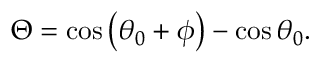
\begin{array} { r } { \Theta = \cos \left( \theta _ { 0 } + \phi \right) - \cos \theta _ { 0 } . } \end{array}